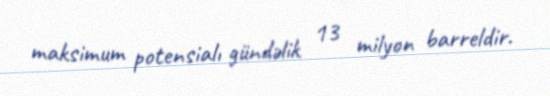
maksimum potensialı gündəlik 13 milyon barreldir.